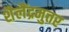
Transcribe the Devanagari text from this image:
शैलैंद्रमुत्तर